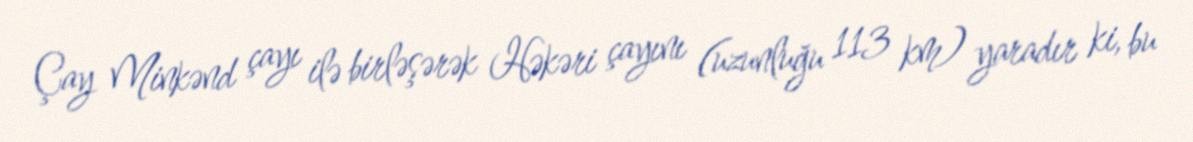
Çay Minkənd çayı ilə birləşərək Həkəri çayını (uzunluğu 113 km) yaradır ki, bu